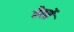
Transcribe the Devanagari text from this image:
वैसों